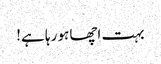
بہت اچھا ہو رہا ہے!